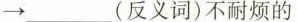
→ ___ (反义词)不耐烦的